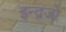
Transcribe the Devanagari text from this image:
इन्द्रजो